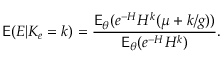
\mathsf E ( E | K _ { e } = k ) = \frac { \mathsf E _ { \theta } ( e ^ { - H } H ^ { k } ( \mu + k / g ) ) } { \mathsf E _ { \theta } ( e ^ { - H } H ^ { k } ) } .